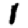
Digit: 1